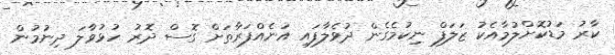
ކާރު މަޑުކޮށްލުމާއެކު ޒަލަފް ނިކުމެގެން ދުވެލާފައި އަނެއްފަރާތަށް ގޮސް ދޮރު ހުޅުވާލަ ދިނުމުން